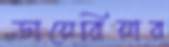
ডায়েরিয়ার